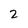
Character: 2